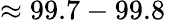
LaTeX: \approx 99.7-99.8\